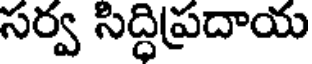
సర్వ సిద్ధిప్రదాయ